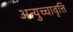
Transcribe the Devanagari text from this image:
अत्युच्चावृत्ति